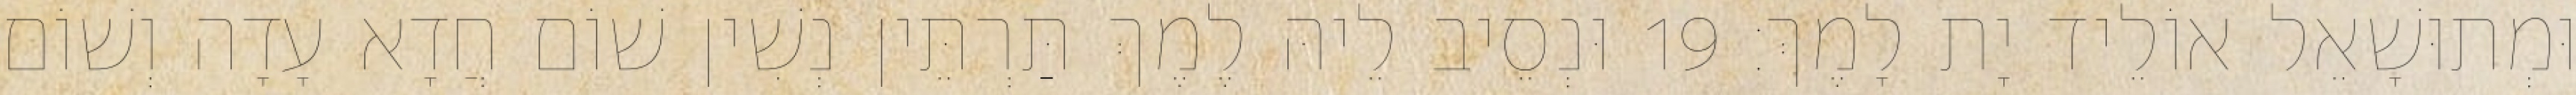
וּמְתוּשָׁאֵל אוֹלֵיד יָת לָמֶךְ׃ 19 וּנְסֵיב לֵיהּ לֶמֶךְ תַּרְתֵּין נְשִׁין שׁוֹם חֲדָא עָדָה וְשׁוֹם